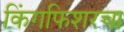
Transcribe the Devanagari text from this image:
किंगफिशरचा